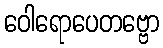
ဝေါရောပေတဗ္ဗော